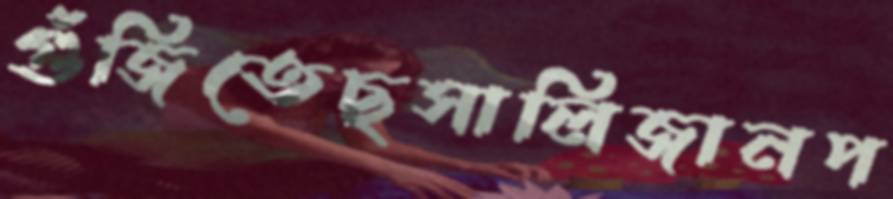
গুঁজিতেছসালিজানপ